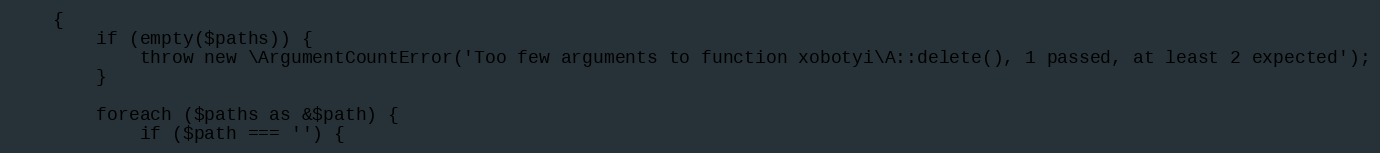
Language: PHP
    {
        if (empty($paths)) {
            throw new \ArgumentCountError('Too few arguments to function xobotyi\A::delete(), 1 passed, at least 2 expected');
        }

        foreach ($paths as &$path) {
            if ($path === '') {